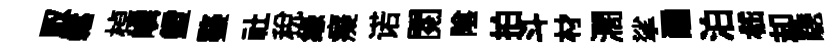
馭鬆棹嶙鐙鏊社稅缘癡诺閱隂拍斗材濶挲醺泊嵇却驄